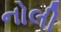
નોલી